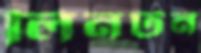
লিনটন